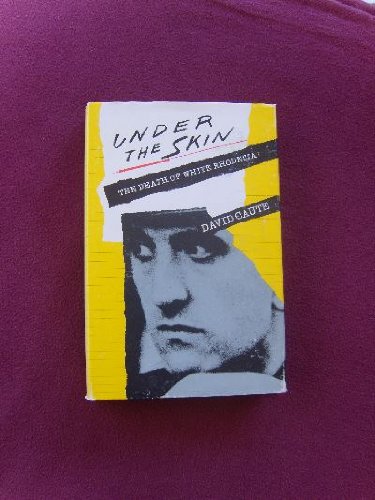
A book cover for Under the Skin: The Death of White Rhodesia; David Caute; History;